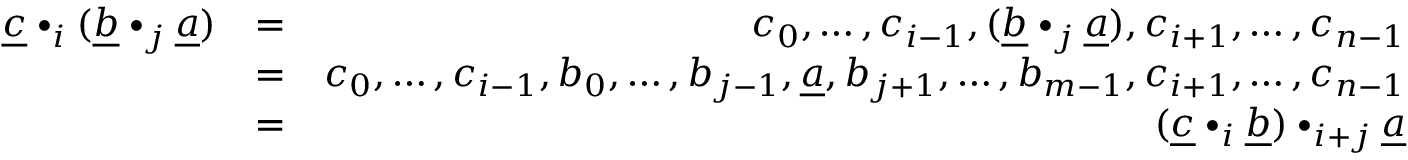
\begin{array} { r l r } { \underline { c } \bullet _ { i } ( \underline { b } \bullet _ { j } \underline { a } ) } & { = } & { c _ { 0 } , \ldots , c _ { i - 1 } , ( \underline { b } \bullet _ { j } \underline { a } ) , c _ { i + 1 } , \ldots , c _ { n - 1 } } \\ & { = } & { c _ { 0 } , \ldots , c _ { i - 1 } , b _ { 0 } , \ldots , b _ { j - 1 } , \underline { a } , b _ { j + 1 } , \ldots , b _ { m - 1 } , c _ { i + 1 } , \ldots , c _ { n - 1 } } \\ & { = } & { ( \underline { c } \bullet _ { i } \underline { b } ) \bullet _ { i + j } \underline { a } } \end{array}